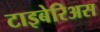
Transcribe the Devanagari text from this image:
टाइबेरिअस